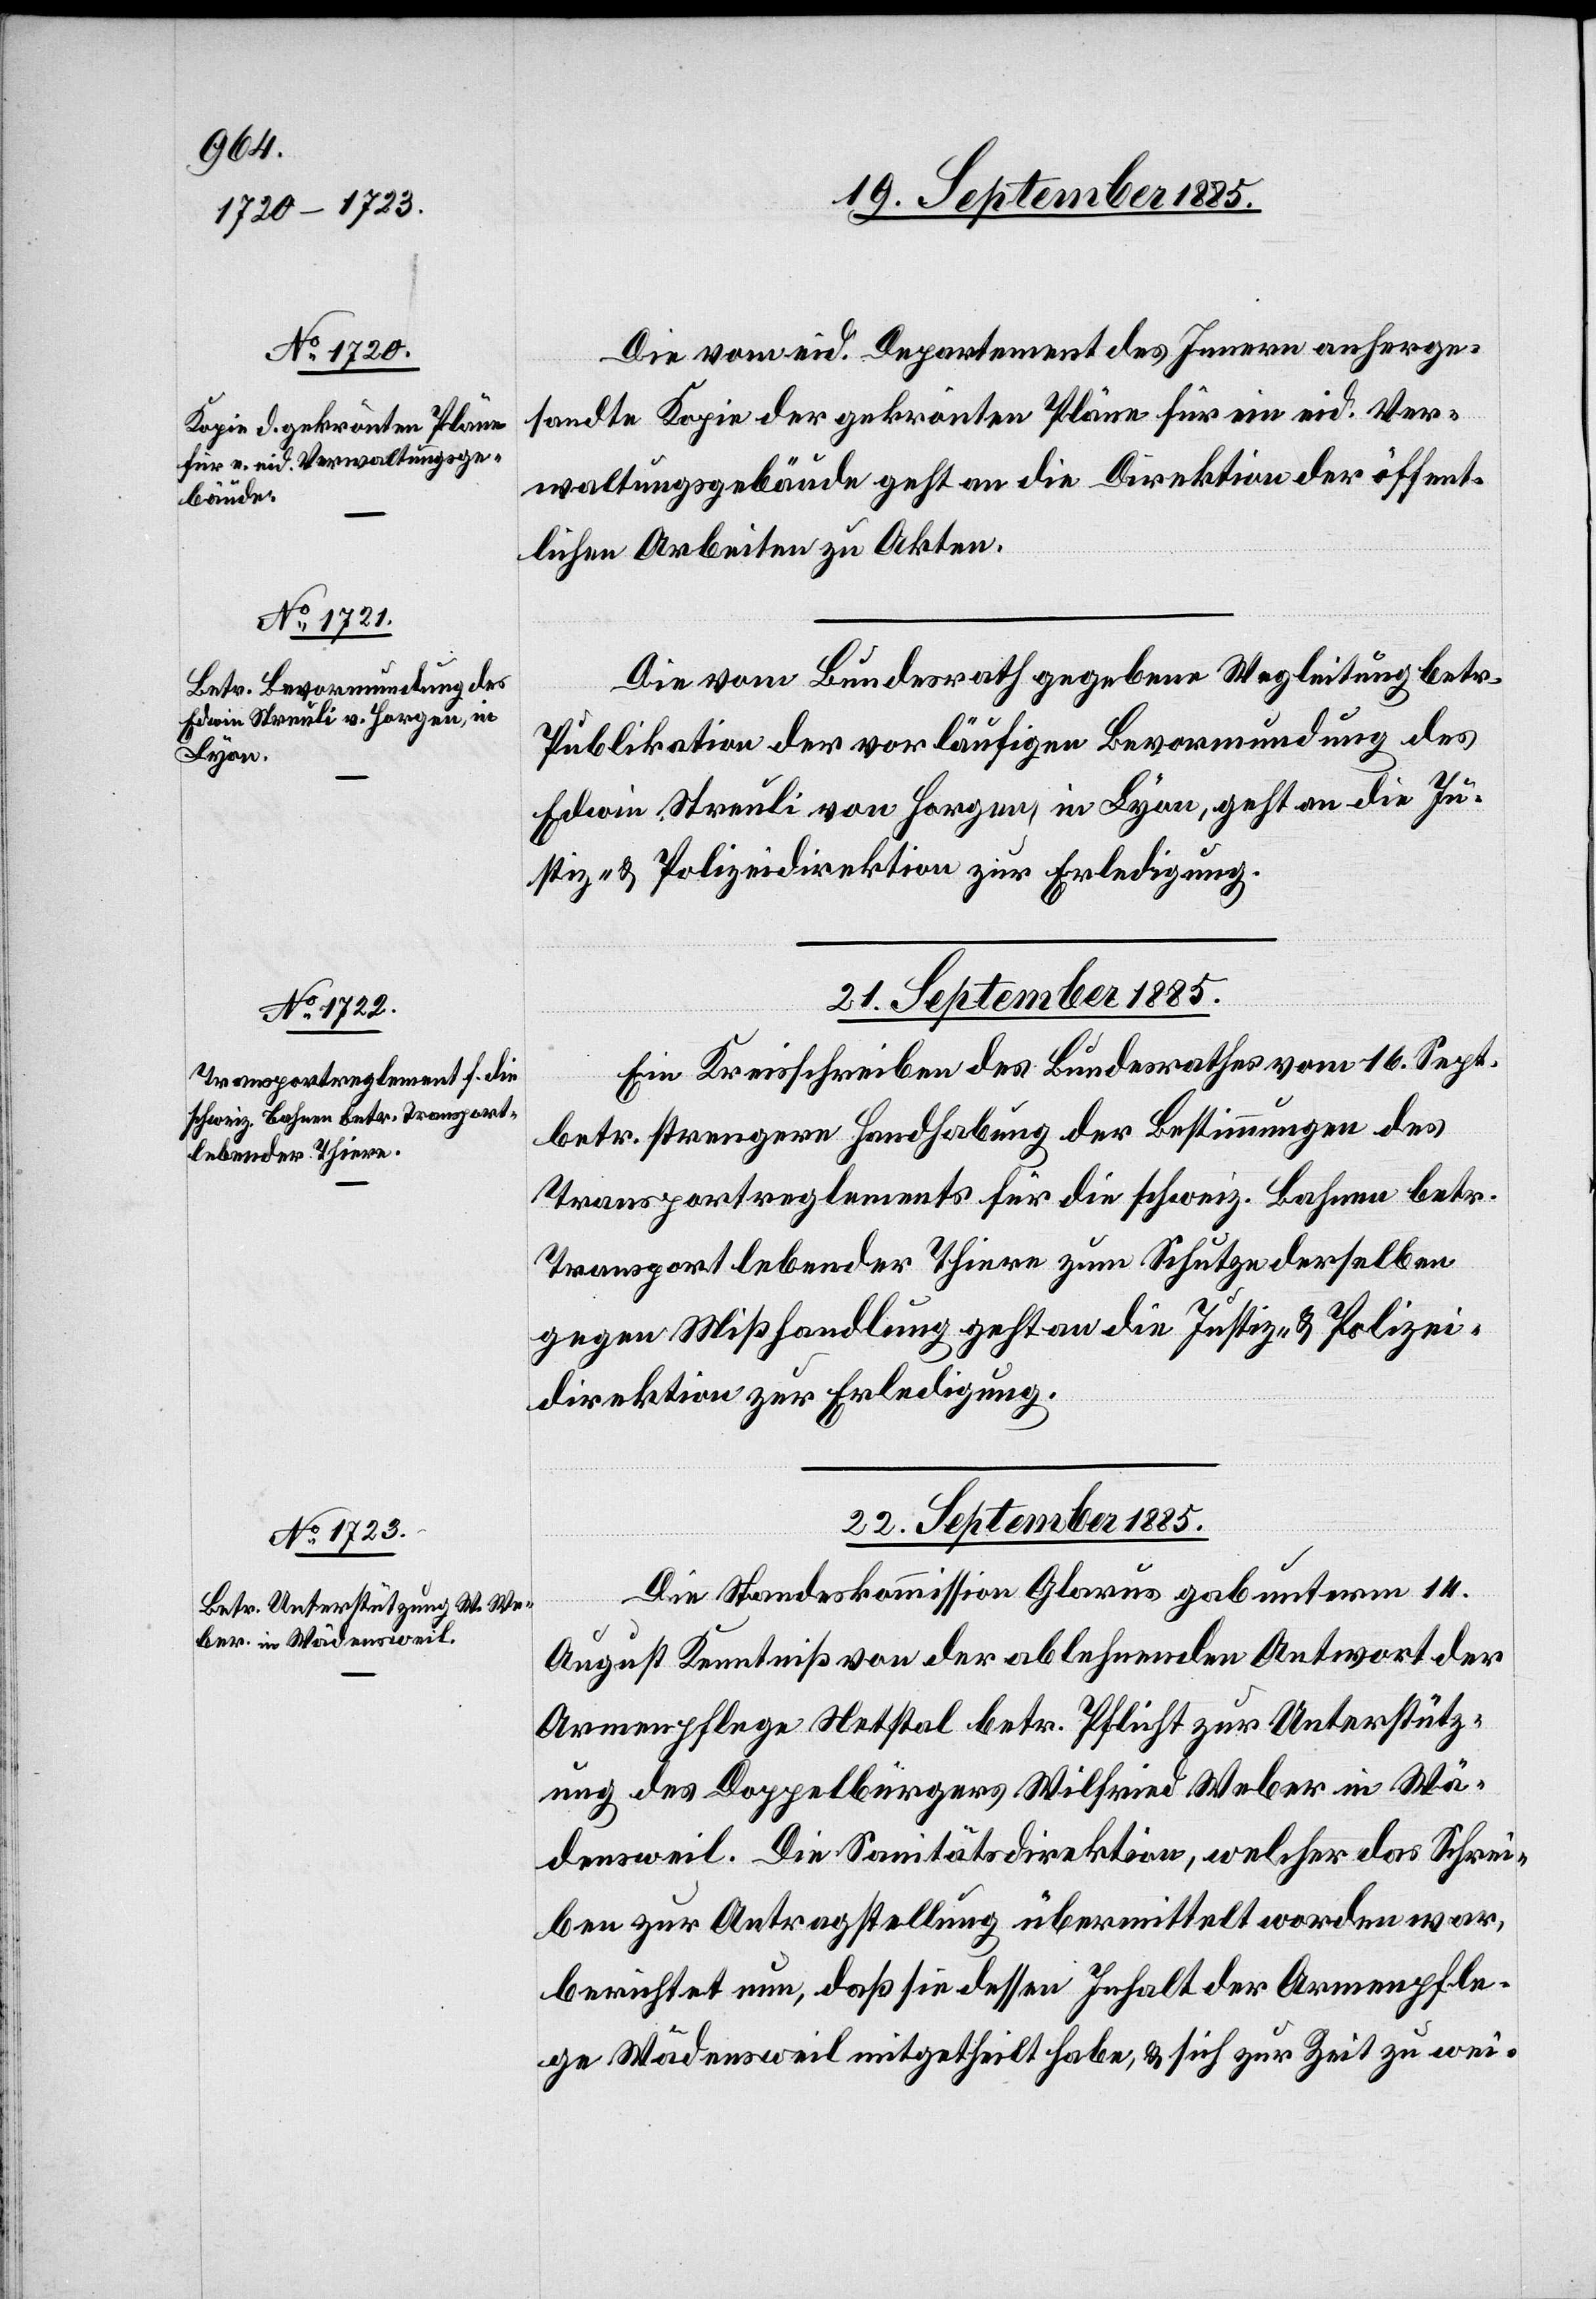
19. September 1885.]
Die vom eid. Departement des Innern anherge¬
sandte Kopie der gekrönten Pläne für ein eid. Ver¬
waltungsgebäude geht an die Direktion der öffent¬
lichen Arbeiten zu Akten.
Die vom Bundesrath gegebene Wegleitung betr.
Publikation der vorläufigen Bevormundung des
Edwin Streuli von Horgen, in Lyon, geht an die Ju¬
stiz- & Polizeidirektion zur Erledigung.
21. September 1885.
Ein Kreisschreiben des Bundesrathes vom 16. Sept.
betr. strengern Handhabung der Bestimmungen des
Transportreglements für die schweiz. Bahnen betr.
Transport lebender Thiere zum Schutze derselben
gegen Mißhandlung geht an die Justiz- & Polizei¬
direktion zur Erledigung.
22. September 1885.
Die Standeskommission Glarus gab unterm 14.
August Kenntniß von der ablehnenden Antwort der
Armenpflege Netstal betr. Pflicht zur Unterstütz¬
ung des Doppelbürgers Wilfried Weber in Wä¬
densweil. Die Sanitätsdirektion, welcher das Schrei¬
ben zur Antragstellung übermittelt worden war,
berichtet nun, daß sie dessen Inhalt der Armenpfle¬
ge Wädensweil mitgetheilt habe, & sich zur Zeit zu wei-